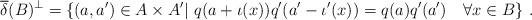
LaTeX: \begin{align*}\overline{\delta}(B)^\perp = \{(a,a')\in A\times A'|\ q(a+\iota(x))q'(a'-\iota'(x))=q(a)q'(a')\quad\forall x\in B\}\ .\end{align*}